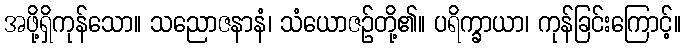
အဖို့ရှိကုန်သော။ သညောဇနာနံ၊ သံယောဇဉ်တို့၏။ ပရိက္ခာယာ၊ ကုန်ခြင်းကြောင့်။